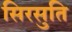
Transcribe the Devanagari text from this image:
सिरसुति